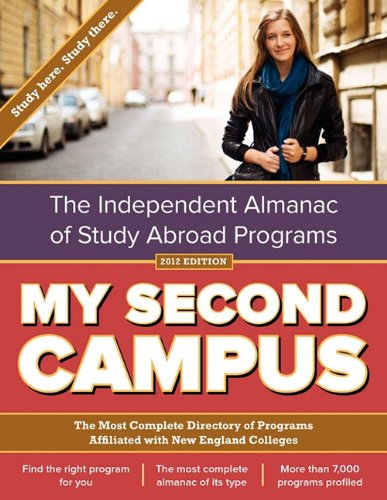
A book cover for My Second Campus: The Independent Almanac of Study Abroad Programs (the Most Complete Directory of Programs Affiliated with New England; My Second Campus; Travel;